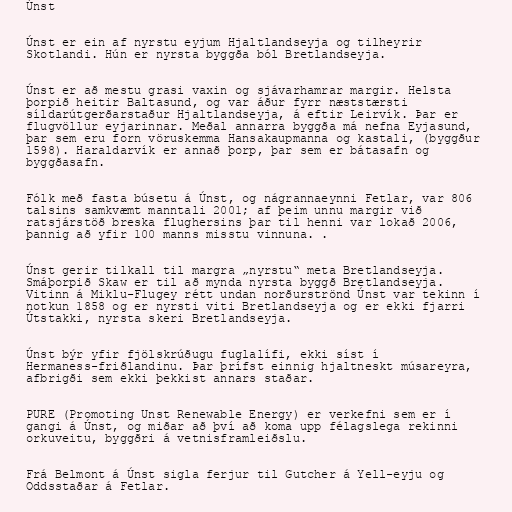
Únst

Únst er ein af nyrstu eyjum Hjaltlandseyja og tilheyrir
Skotlandi. Hún er nyrsta byggða ból Bretlandseyja.

Únst er að mestu grasi vaxin og sjávarhamrar margir. Helsta
þorpið heitir Baltasund, og var áður fyrr næststærsti
síldarútgerðarstaður Hjaltlandseyja, á eftir Leirvík. Þar er
flugvöllur eyjarinnar. Meðal annarra byggða má nefna Eyjasund,
þar sem eru forn vöruskemma Hansakaupmanna og kastali, (byggður
1598). Haraldarvík er annað þorp, þar sem er bátasafn og
byggðasafn.

Fólk með fasta búsetu á Únst, og nágrannaeynni Fetlar, var 806
talsins samkvæmt manntali 2001; af þeim unnu margir við
ratsjárstöð breska flughersins þar til henni var lokað 2006,
þannig að yfir 100 manns misstu vinnuna. .

Únst gerir tilkall til margra „nyrstu“ meta Bretlandseyja.
Smáþorpið Skaw er til að mynda nyrsta byggð Bretlandseyja.
Vitinn á Miklu-Flugey rétt undan norðurströnd Únst var tekinn í
notkun 1858 og er nyrsti viti Bretlandseyja og er ekki fjarri
Útstakki, nyrsta skeri Bretlandseyja.

Únst býr yfir fjölskrúðugu fuglalífi, ekki síst í
Hermaness-friðlandinu. Þar þrífst einnig hjaltneskt músareyra,
afbrigði sem ekki þekkist annars staðar.

PURE (Promoting Unst Renewable Energy) er verkefni sem er í
gangi á Únst, og miðar að því að koma upp félagslega rekinni
orkuveitu, byggðri á vetnisframleiðslu.

Frá Belmont á Únst sigla ferjur til Gutcher á Yell-eyju og
Oddsstaðar á Fetlar.